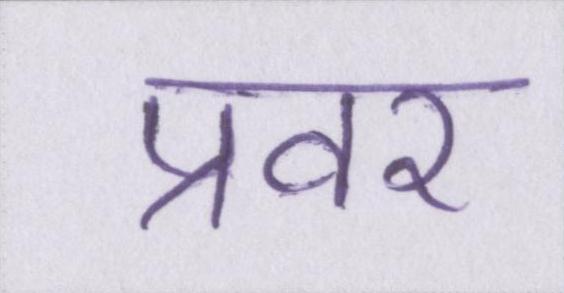
प्रवर